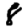
Digit: 8